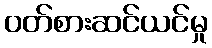
ဝတ်စားဆင်ယင်မှု